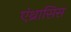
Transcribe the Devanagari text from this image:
एंथ्रासिस